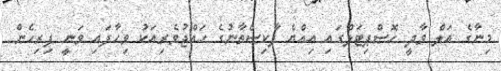
މިނާގެ އަލް ވާދީ ހޮސްޕިޓަލްގައި އިއްޔެ ޕާކިސްތާނުގެ ހައްޖުވެރިއަކު ވިހާފައި ވަނީ ފިރިހެން